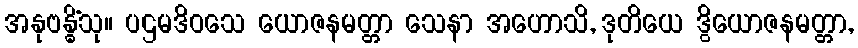
အနုဗန္ဓိံသု။ ပဌမဒိဝသေ ယောဇနမတ္တာ သေနာ အဟောသိ, ဒုတိယေ ဒွိယောဇနမတ္တာ,